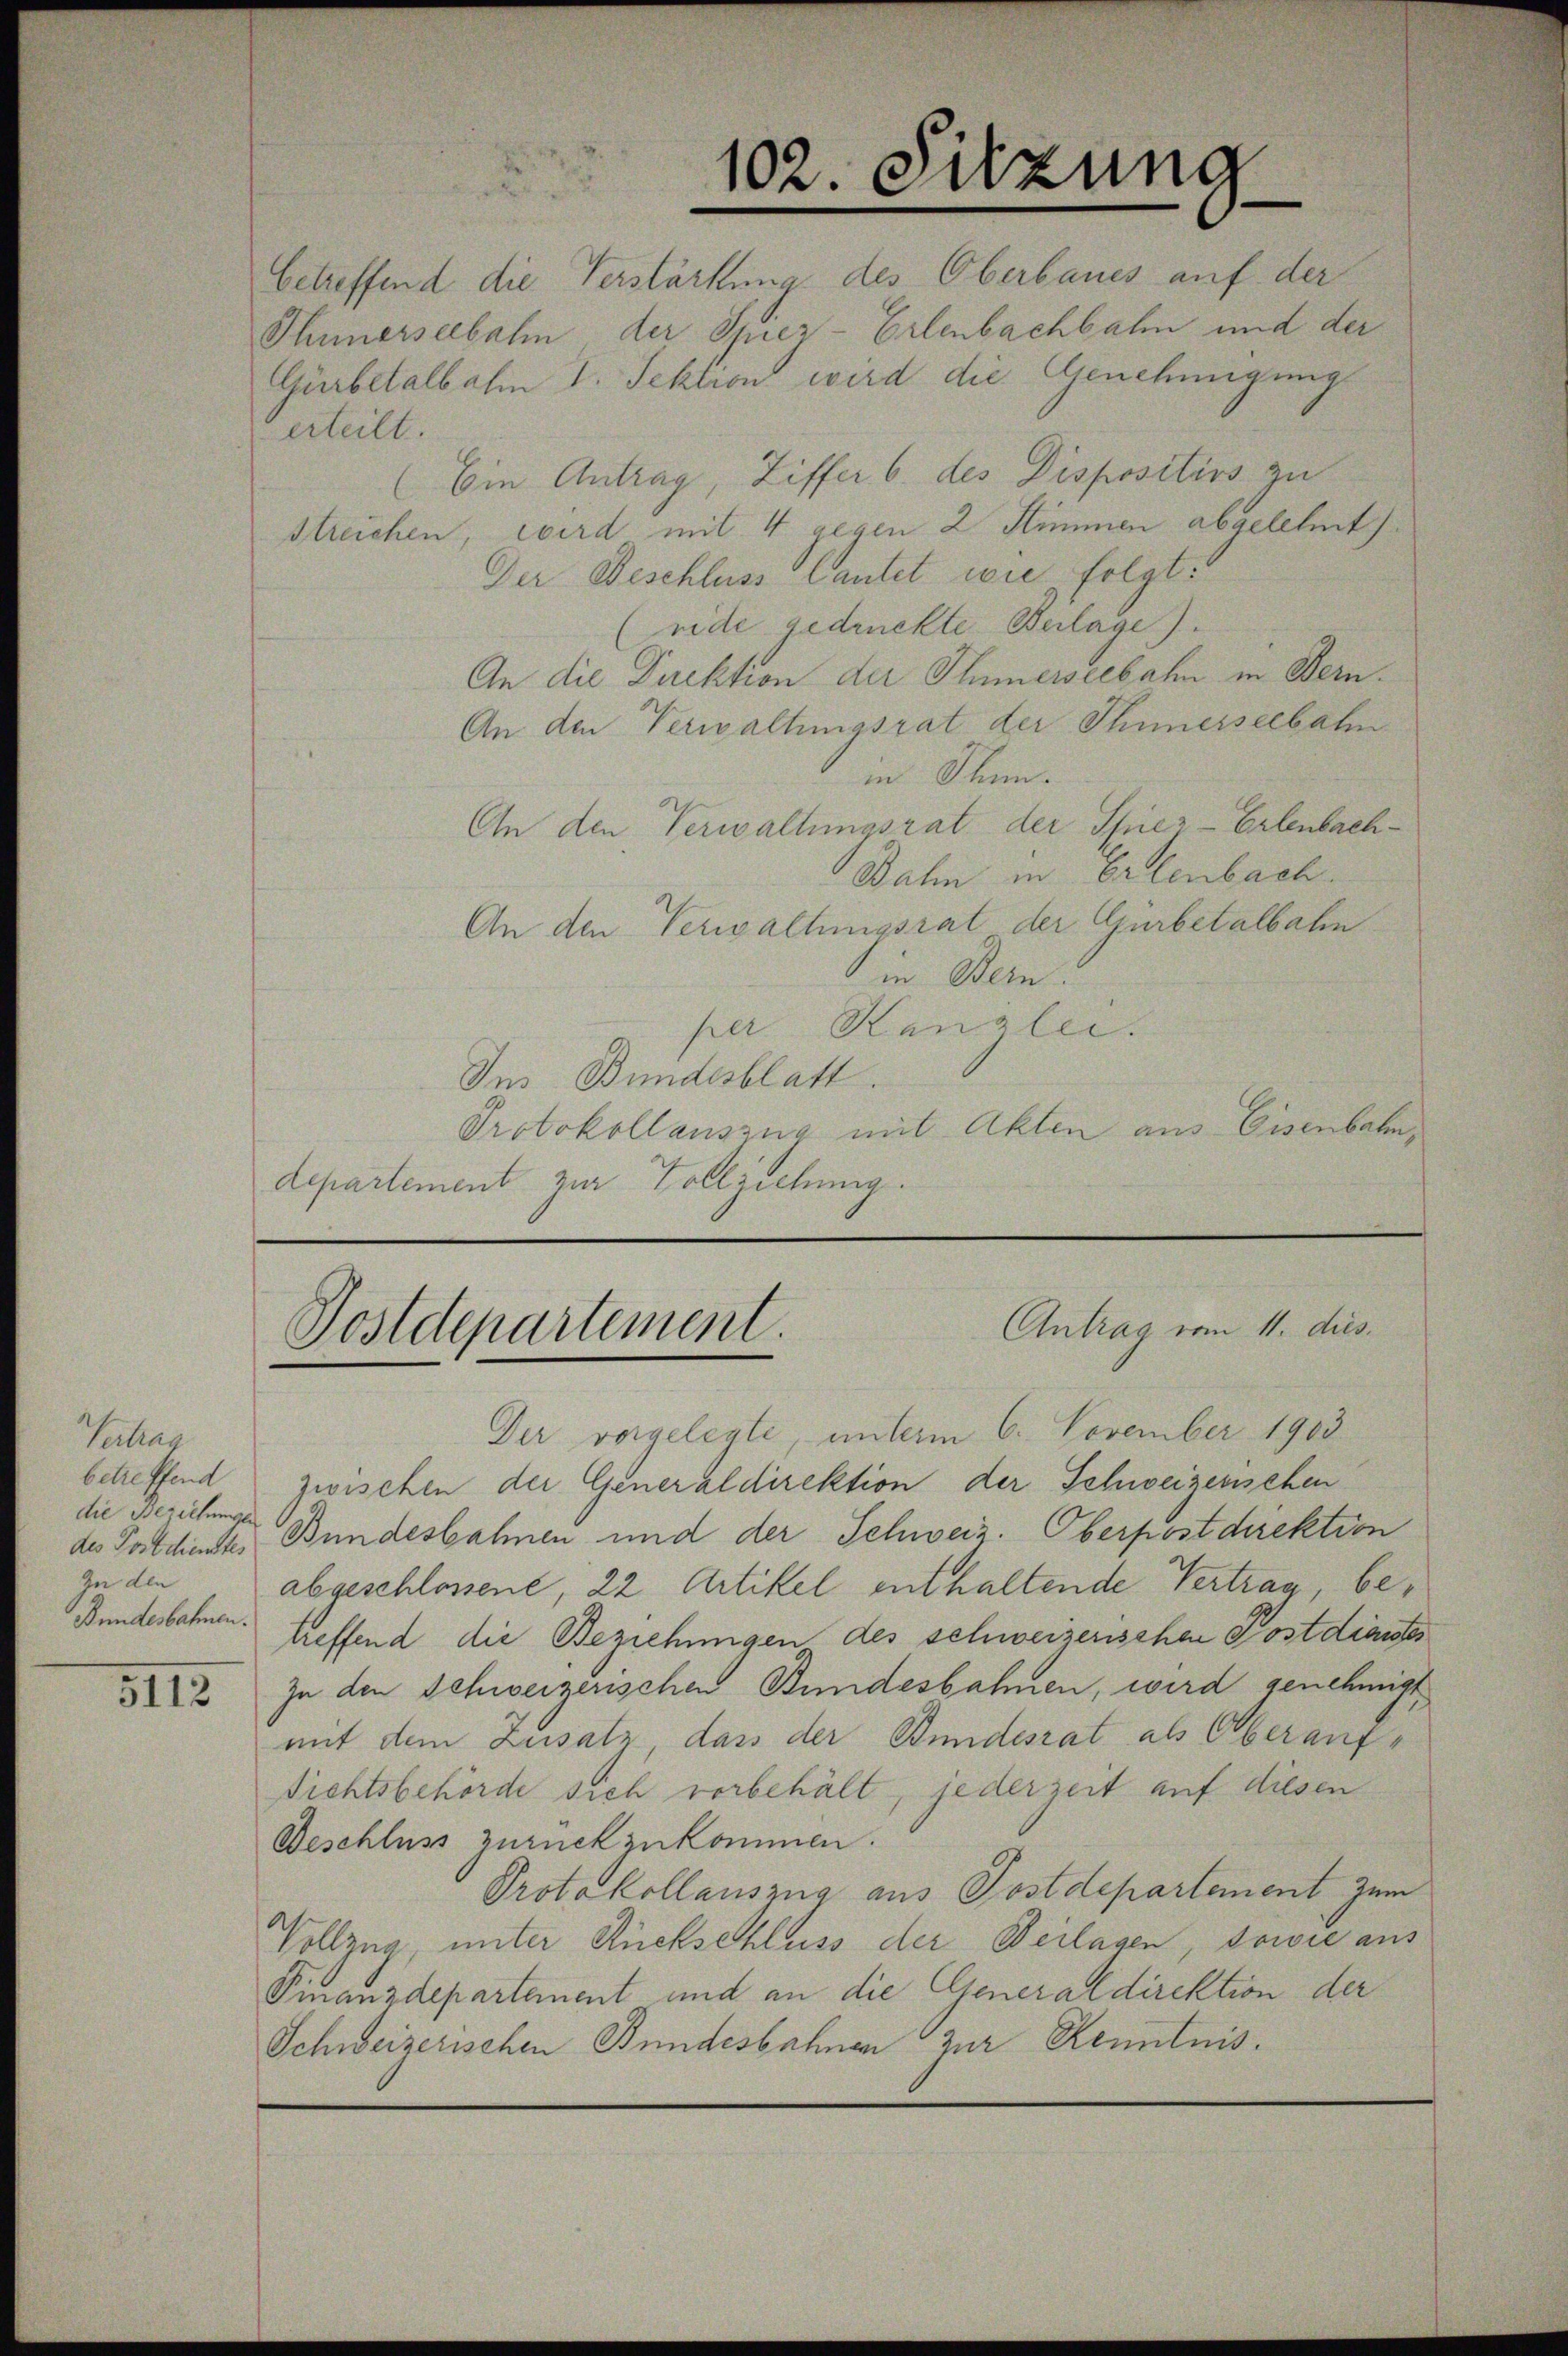
Vertrag
betreffend
die Beziehungen
Zu den
Bundesbahnen.

betreffend die Verstärkung des Oberbaues auf der
Thunerseebahn der Spiez-Erlenbachbahn und der
Gürbetalbahn V. Sektion wird die Genehmigung
erteilt.
Ein Antrag, Ziffer 6. des Dispositivs zu
streichen, wird mit 4 gegen 2 Stimmen abgelehnt).
Der Beschluss lautet wie folgt.
(ride gedruckte Beilage).
An die Direktion der Schmerseebahn in Bern.
An den Verwaltungsrat der Thunerseebahn
in Thun.
An den Verwaltungsrat der Spiez-Erlenbach¬
Jahn in Erlenbach.
An den Verwaltungsrat der Gürbetalbahn
in Bern.
per Kanzlei.
Im Bundesblatt.
Protokollauszug mit Akten aus Eisenbahn,
departement zur Vollziehung.

Postdepartement.

Der vorgelegte, unterm 6. November 1903
zwischen der Generaldirektion der Schweizerischen
des Postdienstes Bundesbahnen und der Schweiz. Oberpostdirektion
abgeschlossene, 22 Artikel enthaltende Vertrag, betreffend die Beziehungen des schweizerischen Postdienstes
x zu den Schweizerischen Bundesbahnen, wird genehmigt
mit dem Zusatz, dass der Bundesrat als Oberauf¬
Richtsbehörde sich vorbehält, jederzeit auf diesen
Beschluss zurückzukommen.
Protokollauszug aus Postdepartement zum
Vollzug, unter Rückschluss der Beilagen, sowie aus
Finanzdepartement und an die Generaldirektion der
Schweizerischen Bundesbahnen zur Kenntnis¬

102. Sitzung

Antrag vom 11. dies